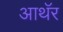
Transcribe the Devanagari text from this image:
आथॅर